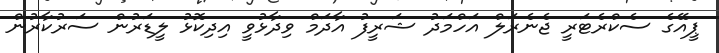
ޕީއޭގެ ސެކްރެޓަރީ ޖެނެރަލް އަހްމަދު ޝަރީފު އާދަމް ވިދާޅުވީ އިދިކޮޅު ލީޑަރުން ސަރުކާރުން